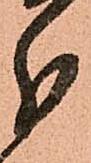
分